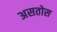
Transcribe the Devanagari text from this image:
असतोस